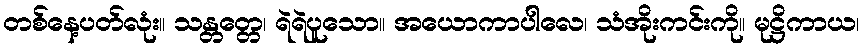
တစ်နေ့ပတ်လုံး။ သန္တတ္တေ၊ ရဲရဲပူသော။ အယောကာပါလေ၊ သံအိုးကင်းကို။ မုဋ္ဌိကာယ၊